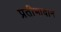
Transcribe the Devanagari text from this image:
प्रतीभावान